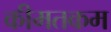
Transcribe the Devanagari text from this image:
कीमतकम